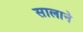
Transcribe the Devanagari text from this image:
सालाने